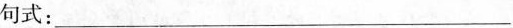
句式：____